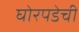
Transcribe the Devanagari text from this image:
घोरपडेची